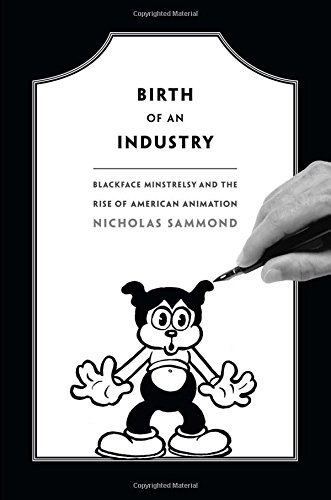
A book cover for Birth of an Industry: Blackface Minstrelsy and the Rise of American Animation; Nicholas Sammond; Humor & Entertainment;